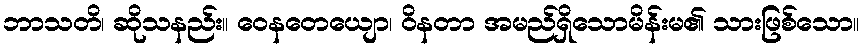
ဘာသတိ၊ ဆိုသနည်း။ ဝေနတေယျော၊ ဝိနတာ အမည်ရှိသောမိန်းမ၏ သားဖြစ်သော။